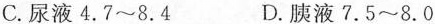
C.尿液4.7~8.4 D.胰液7.5~8.0